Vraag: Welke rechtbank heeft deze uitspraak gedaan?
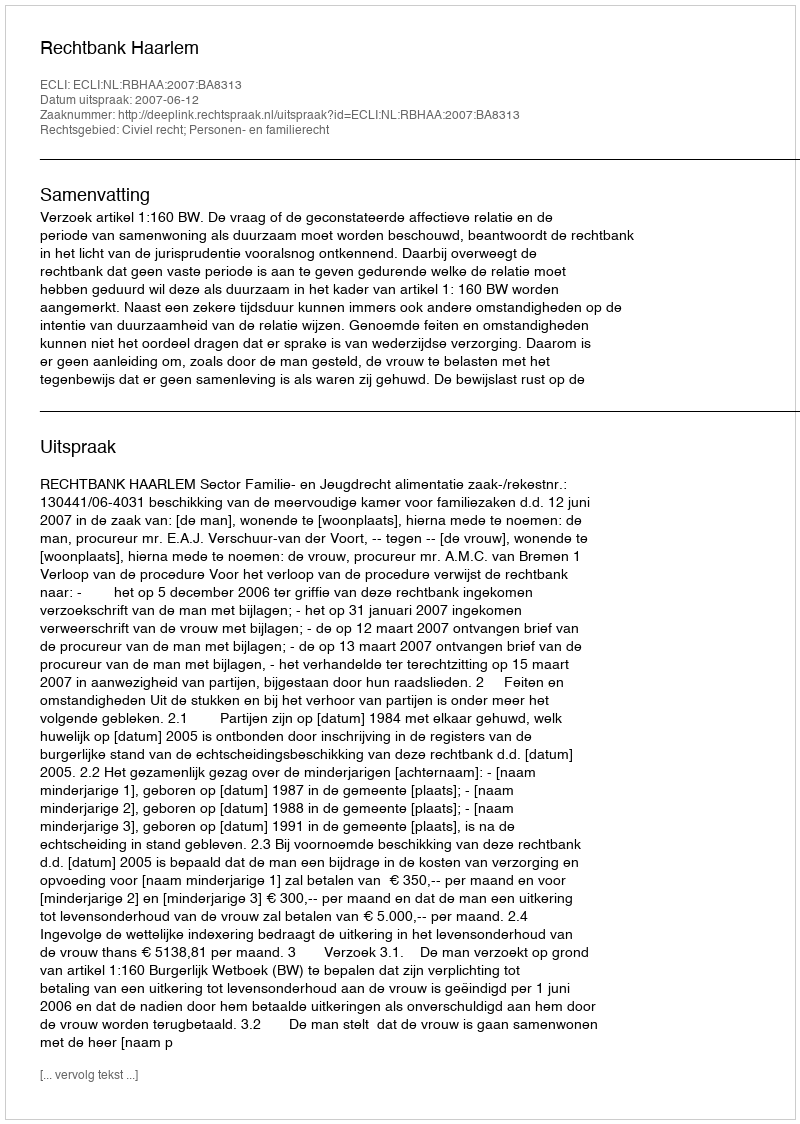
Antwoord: Rechtbank Haarlem